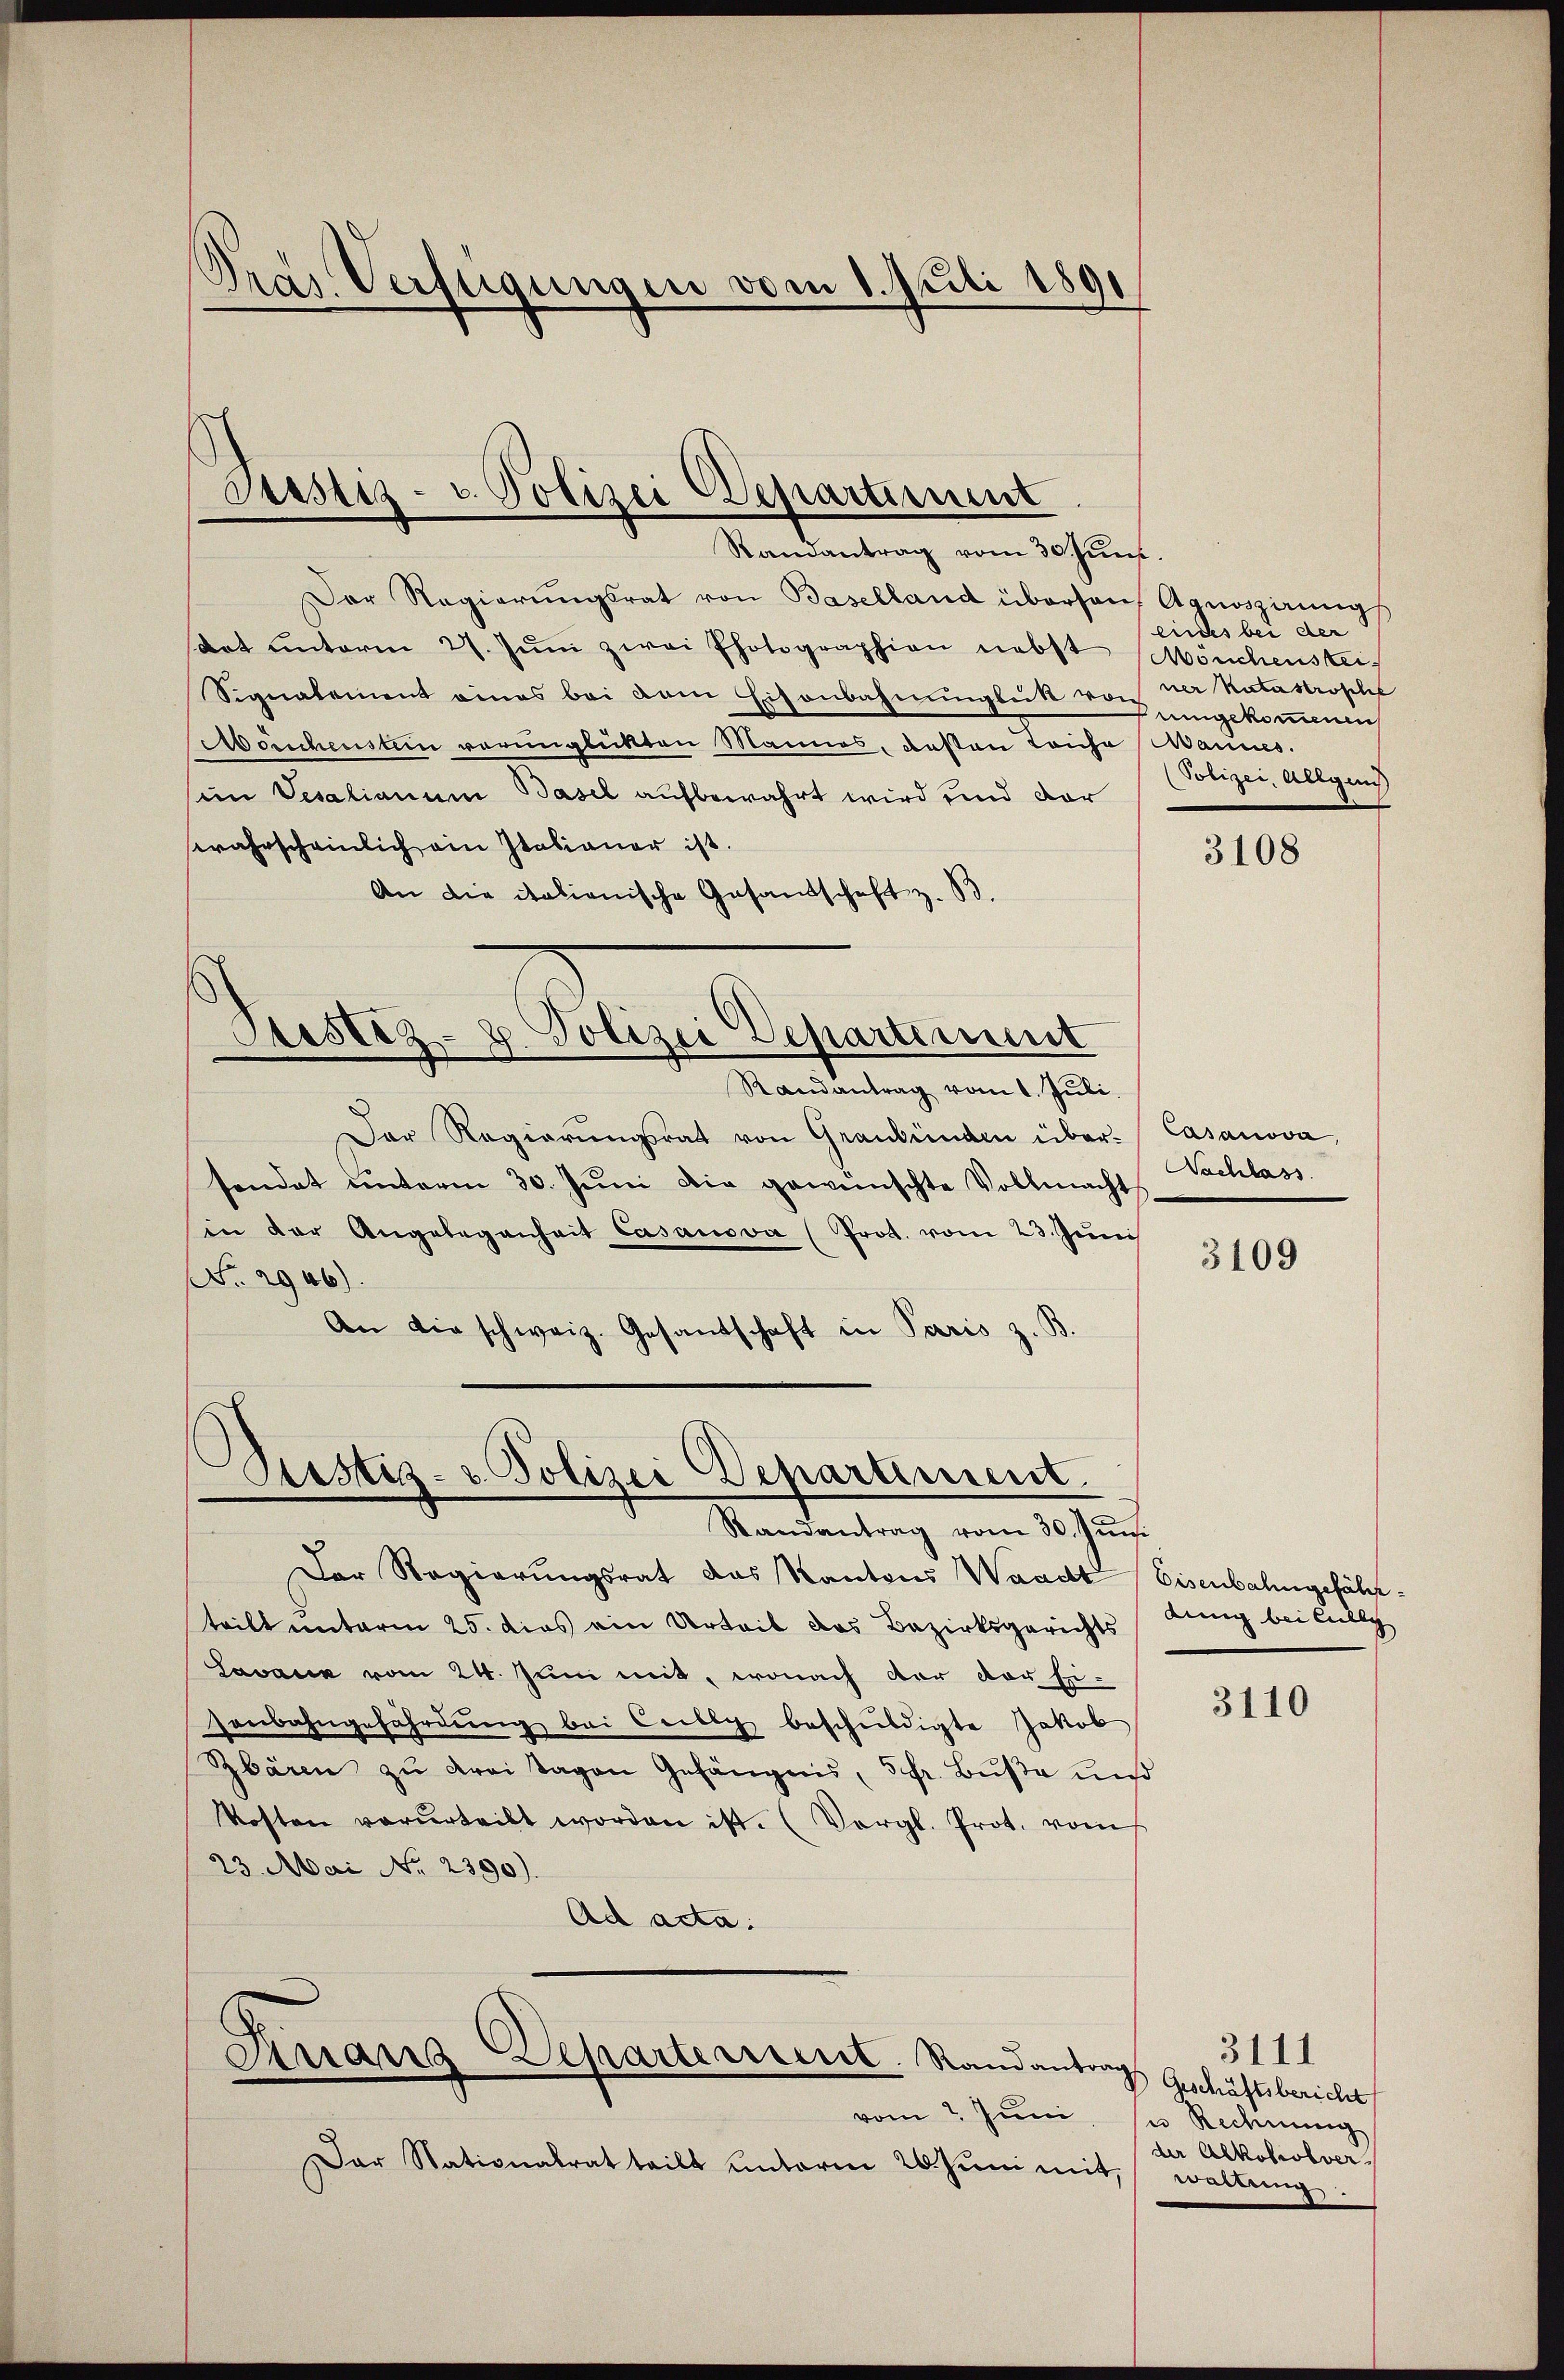
Dras Verfügungen vom 1. Juli 1891

Justiz- u. Polizei Departiment
Randantrag vom 30. Juni.

Der Regierŭngsrat von Baselland überson Agnoszirung
dat ŭnterm 27. Jŭni zwei Photographien nebst Mönchenstei
Signalement eines bei dem Eisenbahnungsuk von der Natastrophe
Morschenstein verunglükten Mannes, deßen Leiche Mannes.
sim Vesalianum Basel aufbewahrt wird und dar
wahrscheinlich ain Italianer ist.
An die italienische Gesandschaft z. B.
Justiz-8. Polizei Departement
Randantrag vom 1. Juli.
Der Regierŭngsrat von Graubünden über. Casanova,
sendet unterm 30. Jŭni die gewünschte Vollmacht
in der Angelegenheit Casanova (Prot. vom 23. Juni
No. 2946).
An die schweiz. Gesandschaft in Paris z. B.

s
Justiz- & Polizei Departement.
Randantrag vom 30. Juni

Der Regierungsrat das Kantons Waadt
teilt unterm 25. dies ein Urteil das Bezirksgerichts
Lavanz vom 24. Juni mit, wonach der der Er-
senbahngefährdung bei Cilly beschuldigte Jakob
Zbären zŭ drei Tagen Gefängnis, 5fr. Buße un
Kosten verurteilt worden ist. (Vergl. Prot. vom
23. Mai No 2390).
Ad acta:
Dinaus Departerient. Randantrag
vom 7. Juni
Dar Nationalrat teilt unterm 20. Juni mit,

eines bei der
uingekommen
Polizei, Allgens

3108

Nachlass

3109

Eisenbahngefähr.
dung bei Kully

3110

3111
Geschäftsbericht
u Rechnung
der Alkoholverwaltung.